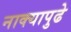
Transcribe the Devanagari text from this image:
नाक्‍यापुढे